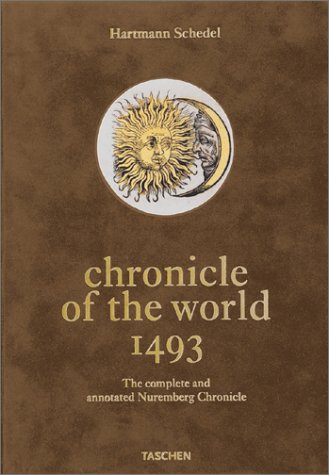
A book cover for Hartmann Schedel: Nuremberg Chronicle (Taschen jumbo series); Stephan Fussel; Crafts, Hobbies & Home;